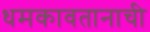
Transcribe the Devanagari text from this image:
धमकावतानाची